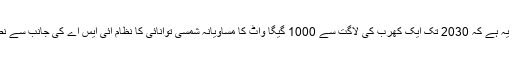
یاد رہے کہ نشانہ یہ ہے کہ 2030 تک ایک کھرب کی لاگت سے 1000 گیگا واٹ کا مساویانہ شمسی توانائی کا نظام آئی ایس اے کی جانب سے نصب کیا جائے گا۔